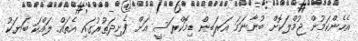
އެހެންކަމުން ޖުމްލަކޮށް ބުނާނަމަ އަރަބިން ޑިމޮކްރަސީ އަށް ފެށިދަތުރުގައި އެތައް ލައްކަ ބަޔަކު